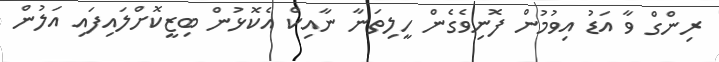
ރިންގް ވާ އަޑު އިވުމުން ފޮނިވެގެން ހީލިތަނާ ނާއިކް އެކޮޅުން ބިޒީކޮށްލައިފައި އަލުން